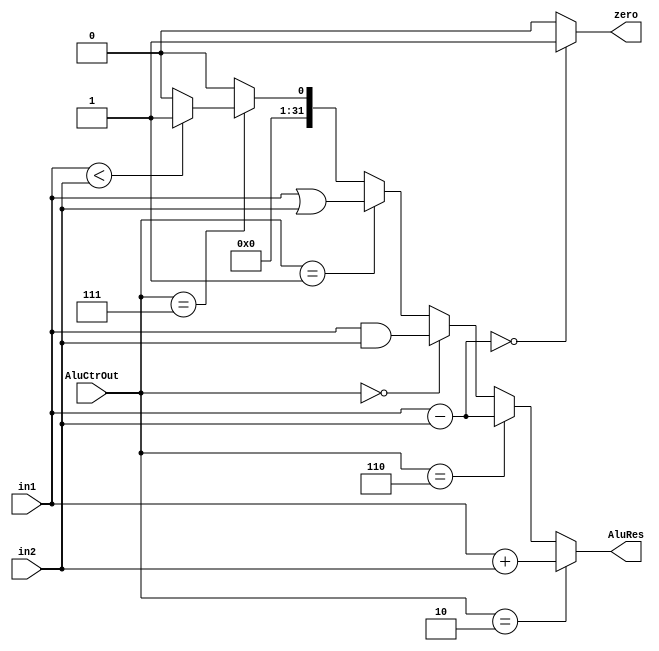
//**********************************************************************************************************
//				module: ALU								   *
//**********************************************************************************************************

`timescale 1ns/1ns

module ALU(in1,in2,AluCtrOut,zero,AluRes);

input wire [31:0] in1;
input wire [31:0] in2;
input wire [3:0]  AluCtrOut;
output reg [31:0] AluRes;
output reg zero;

always@(*)
begin
if(AluCtrOut == 4'b0010)	//ADD
	AluRes = in1 + in2;		
else if(AluCtrOut == 4'b0110)	//SUB
	AluRes = in1 - in2;
else if(AluCtrOut == 4'b0000)	//AND
	AluRes = in1 & in2;
else if(AluCtrOut == 4'b0001)	//OR
	AluRes = in1 | in2;
else if(AluCtrOut == 4'b0111)	//SLT
begin	
	if(in1 < in2)	AluRes = 32'b1;
	else		AluRes = 32'b0;
end
else 
	AluRes = 32'b0;
end

always@(*)
begin
if(in1 - in2 == 0)
	zero = 1;
else
	zero = 0;
end

endmodule